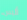
أليس